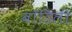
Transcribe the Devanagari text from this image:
बॉडिली